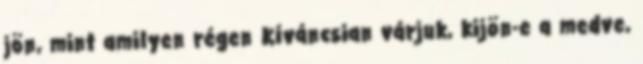
jön, mint amilyen régen Kíváncsian várjuk, kijön-e a medve,